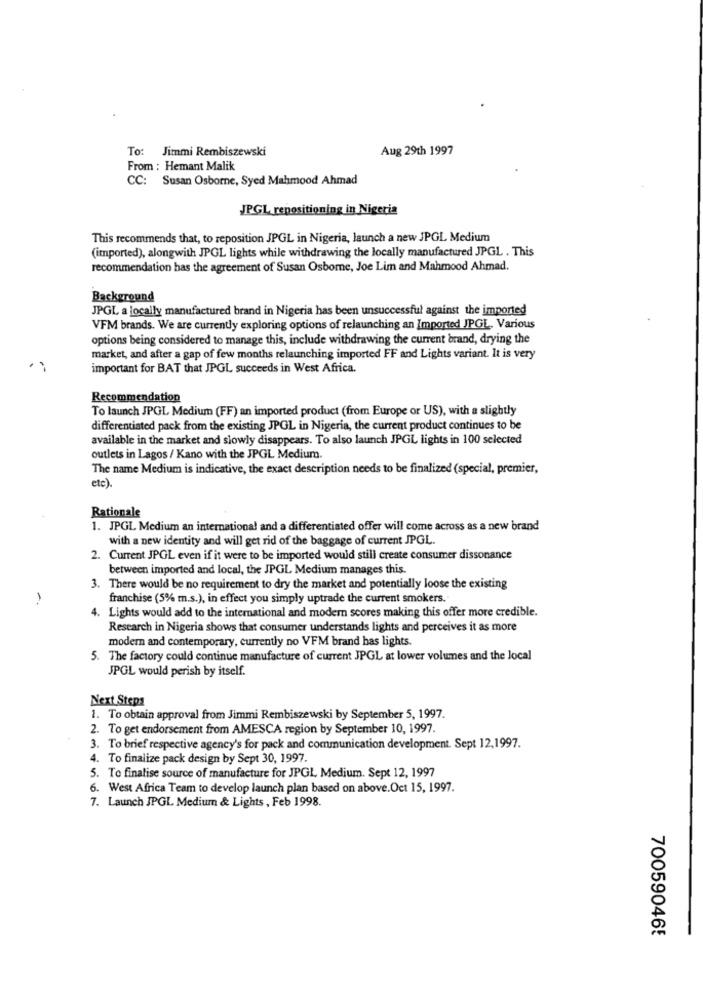
To: Jimmi Rembiszewski
Aug 29th 1997
From : Hemant Malik
CC: Susan Osborne, Syed Mahmood Ahmad
JPGL repositioning in Nigeria
This recommends that, to reposition JPGL in Nigeria, launch a new JPGL Medium
(imported), alongwith JPGL lights while withdrawing the locally manufactured JPGL . This
recommendation has the agreement of Susan Osborne, Joe Lim and Mahmood Ahmad.
Background
JPGL a locally manufactured brand in Nigeria has been unsuccessful against the imported
VFM brands. We are currently exploring options of relaunching an Imported JPGL, Various
options being considered to manage this, include withdrawing the current brand, drying the
market, and after a gap of few months relaunching imported FF and Lights variant. It is very
important for BAT that JPGL succeeds in West Africa.
Recommendation
To launch JPGL Medium (FF) an imported product (from Europe or US), with a slightly
differentiated pack from the existing JPGL in Nigeria, the current product continues to be
available in the market and slowly disappears. To also launch JPGL lights in 100 selected
outlets in Lagos / Kano with the JPGL Medium.
The name Medium is indicative, the exact description needs to be finalized (special, premier,
etc)
Rationale
1. JPGL Medium an international and a differentiated offer will come across as a new brand
with a new identity and will get rid of the baggage of current JPGL.
2. Current JPGL even if it were to be imported would still create consumer dissonance
between imported and local, the JPGL Medium manages this.
3. There would be no requirement to dry the market and potentially loose the existing
franchise (5% m.s.), in effect you simply uptrade the current smokers.
4.
Lights would add to the international and modern scores making this offer more credible.
Research in Nigeria shows that consumer understands lights and perceives it as more
modern and contemporary, currently no VFM brand has lights.
5. The factory could continue manufacture of current JPGL at lower volumes and the local
JPGL would perish by itself.
Next Steps
1. To obtain approval from Jimmi Rembiszewski by September 5, 1997.
2. To get endorsement from AMESCA region by September 10, 1997.
3. To brief respective agency's for pack and communication development. Sept 12,1997.
4. To finalize pack design by Sept 30, 1997.
5. To finalise source of manufacture for JPGL Medium. Sept 12, 1997
6. West Africa Team to develop launch plan based on above.Oct 15, 1997.
7. Launch JPGL Medium & Lights , Feb 1998.
700590465